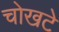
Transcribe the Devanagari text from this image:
चोखटे